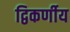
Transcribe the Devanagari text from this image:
द्विकर्णीय